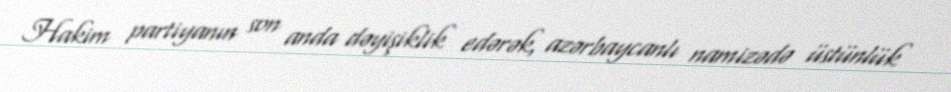
Hakim partiyanın son anda dəyişiklik edərək, azərbaycanlı namizədə üstünlük